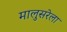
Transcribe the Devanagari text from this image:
मालुसरेला